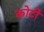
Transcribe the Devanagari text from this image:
कोटीं